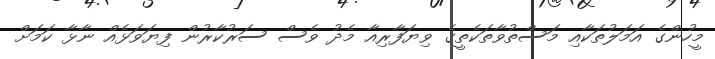
މީހުންގެ އަމަލުތަކާއި މަސްތުވާތަކެތީގެ ވިޔަފާރިއާ މެދު ވެސް ސަރުކާރުން ފިޔަވަޅެއް ނާޅާ ކަމަށް